Leaving Certificate Examination (including Day School Certificate (Higher) General paper), 1929
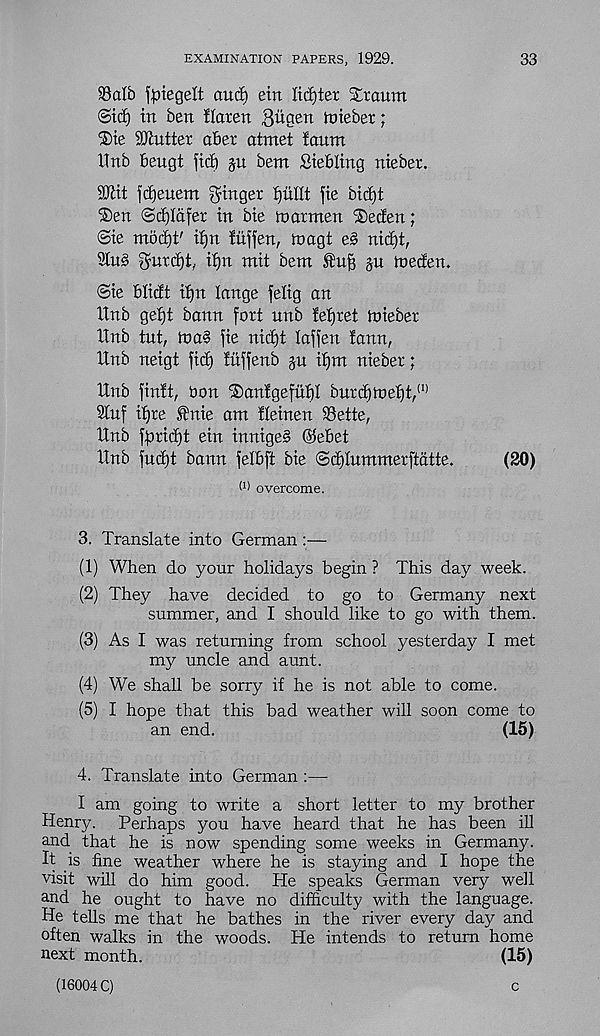
EXAMINATION PAPERS, 1929.
33
S3 alb fpiegelt audj etrt licfjter Straum
©id) in ben flaren Quaen ttneber;
'Sie Splutter abet atmet fauna
Hub Beugt fid) ju bent Siebling nieber.
2Kit fdjeuent finger fjnllt fie bidjt
'Sen ©dfldfer in bie matnaen ®eden;
©ie nabdjt' ifjn fitffen, tnagt e§ nid)t,
91n§ Swdjt, if)n naif bent
$u toeden.
©ie blidt if)n lange felig an
Unb gef)t bann fort unb ferret toieber
XTnb tut, U)a§ fie nid)t laffen faun,
Unb neigt fidj fuffenb ju if)m nieber;
Unb finft, Oon ®anfgefuf)I bnrc^n)ef)t, (1)
2tuf ifjre £nie am fleinen SSette,
Unb fpric^t ein innige§ @ebet
Unb fud)t bann felbft bie ©dflummerftatte.
(20)
(1) overcome.
3. Translate into German :—
(1) When do your holidays begin ? This day week.
(2) They have decided to go to Germany next
summer, and I should like to go with them.
(3) As I was returning from school yesterday I met
my uncle and aunt.
(4) We shall be sorry if he is not able to come.
(5) I hope that this bad weather will soon come to
an end.
(15)
4. Translate into German :—
I am going to write a short letter to my brother
Henry. Perhaps you have heard that he has been ill
and that he is now spending some weeks in Germany.
It is fine weather where he is staying and I hope the
visit will do him good. He speaks German very well
and he ought to have no difficulty with the language.
He tells me that he bathes in the river every day and
often walks in the woods. He intends to return home
next month.
(15)
(16004 C)
c